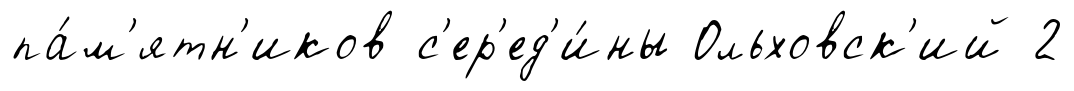
па́м'ятн'иков с'ер'ед'и́ны Ольховск'ий 2